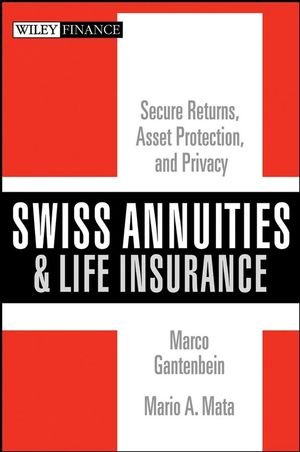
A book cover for Swiss Annuities and Life Insurance: Secure Returns, Asset Protection, and Privacy; Marco Gantenbein; Business & Money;